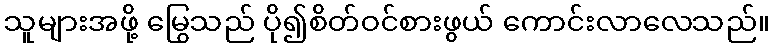
သူများအဖို့ မြွေသည် ပို၍စိတ်ဝင်စားဖွယ် ကောင်းလာလေသည်။